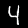
Label: 4